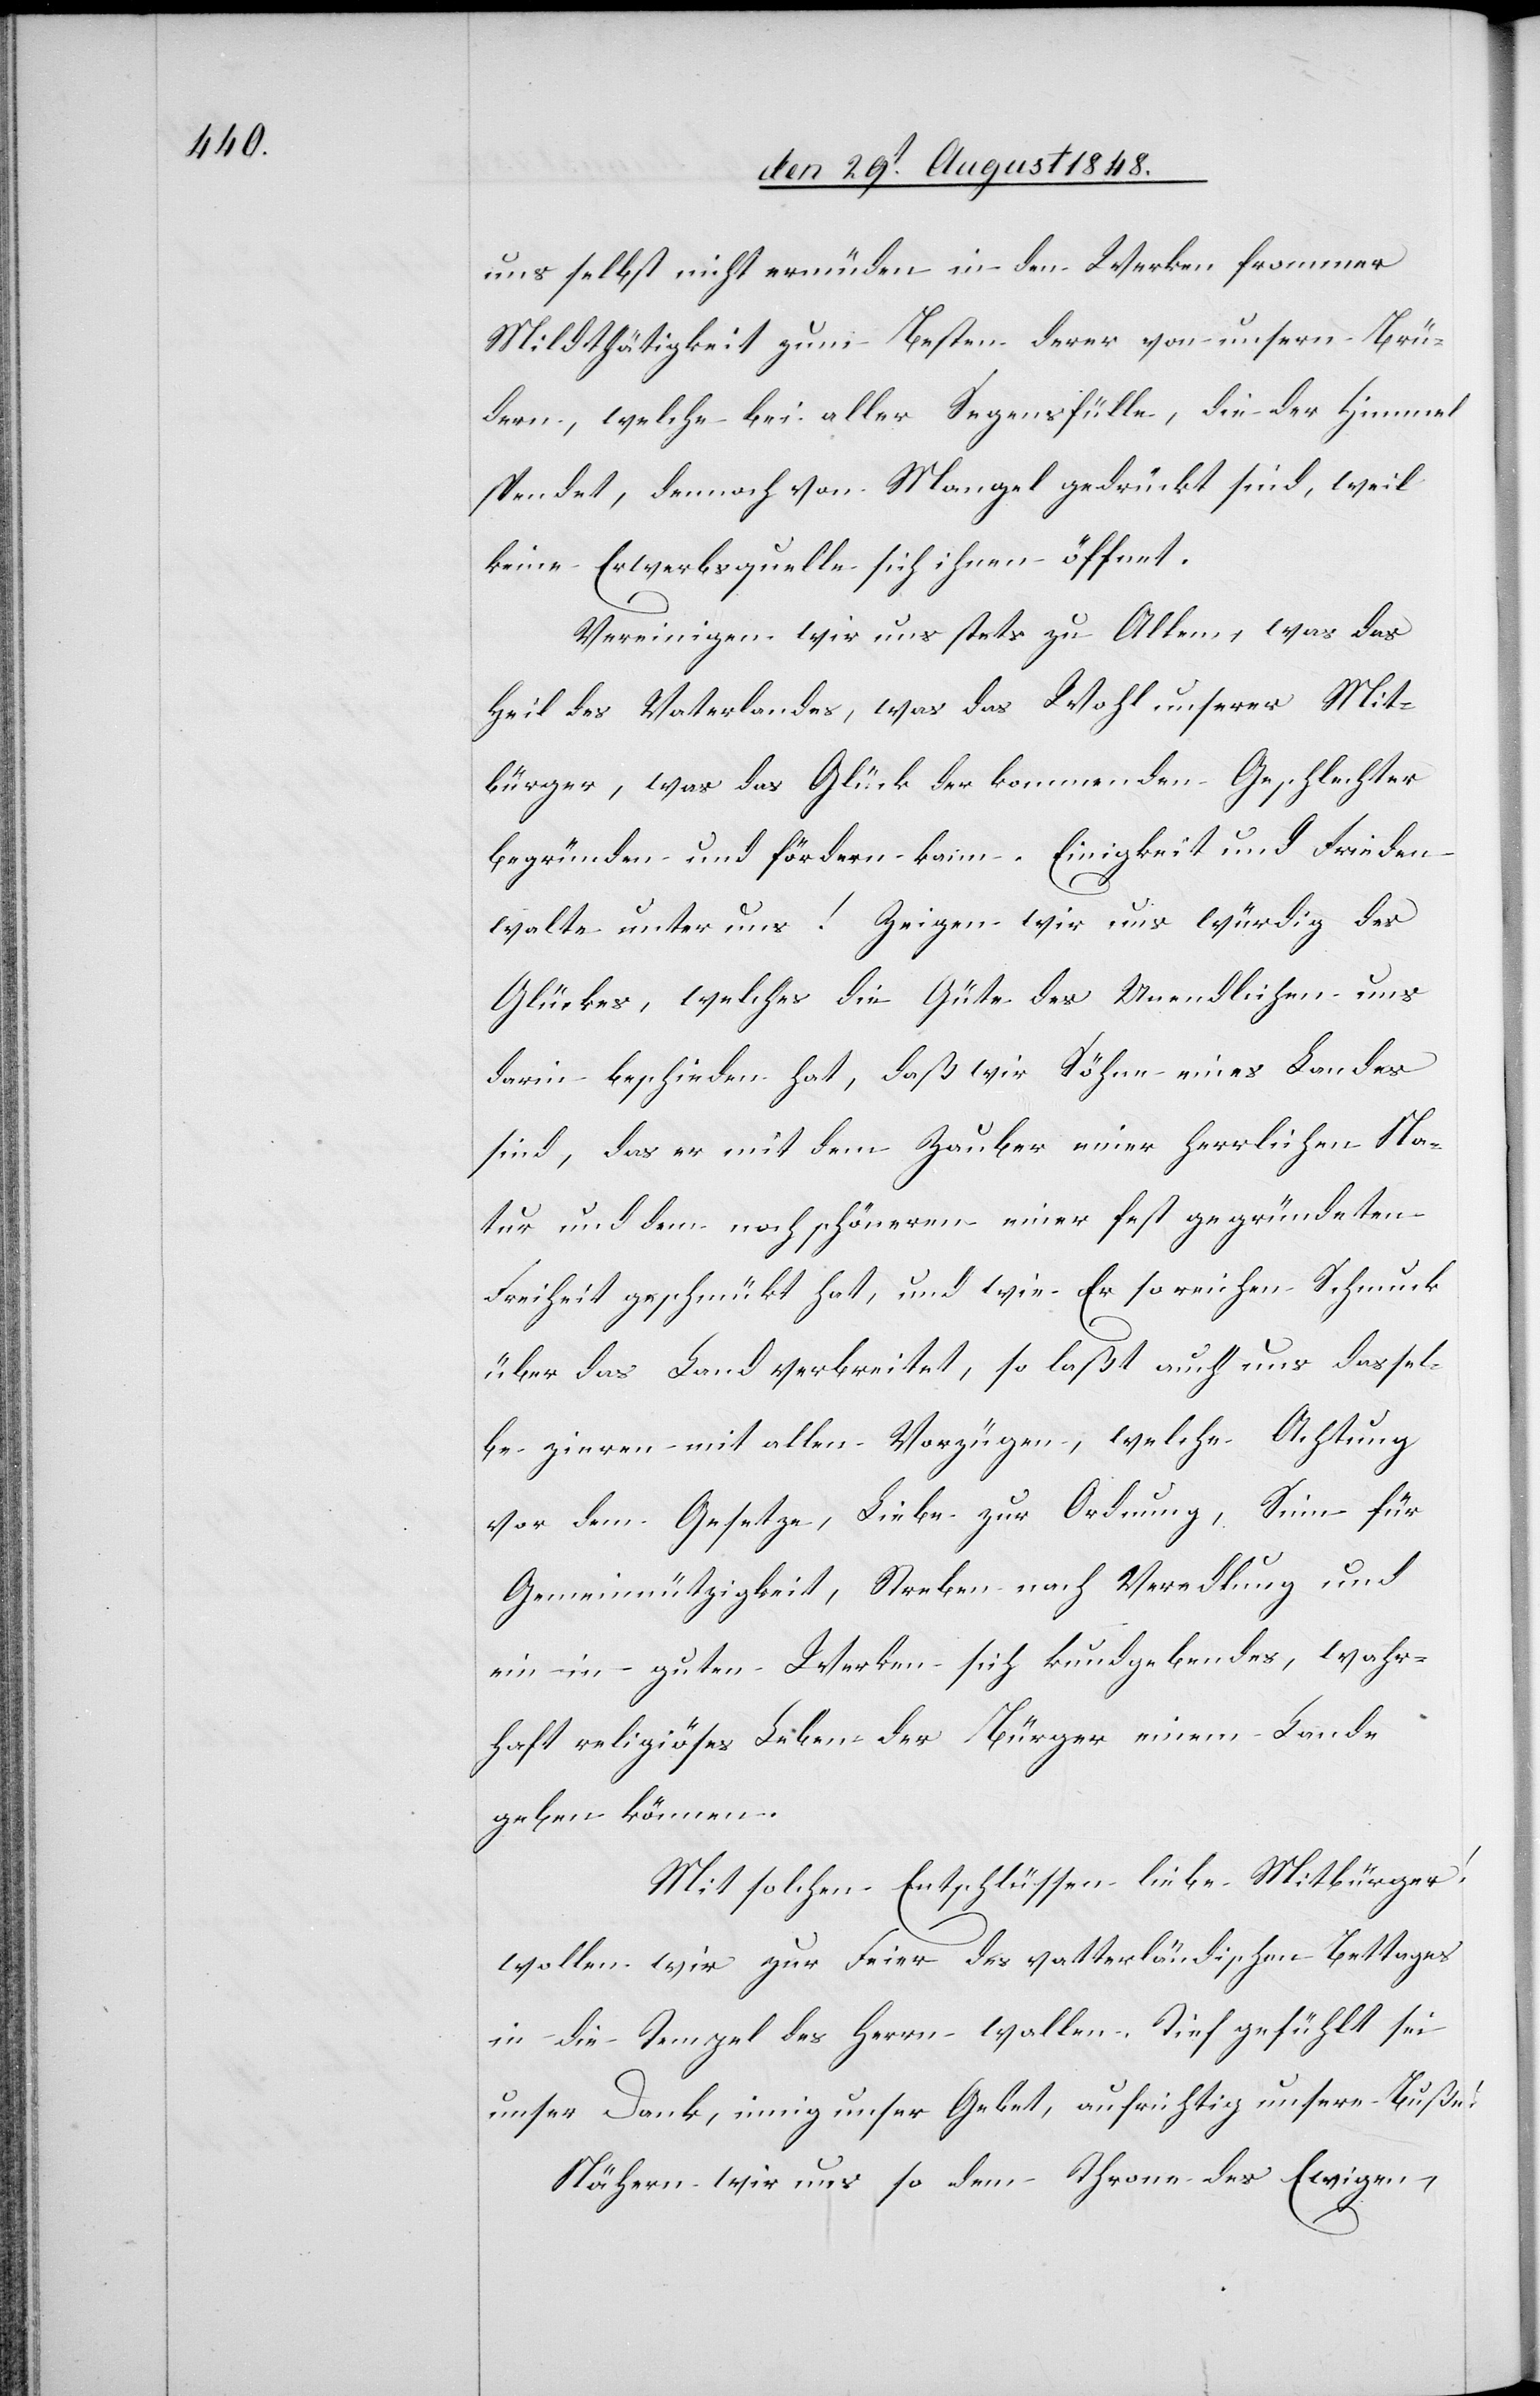
uns selbst nicht ermüden in den Werken frommer
Mildthätigkeit zum Besten derer von unsern Brü¬
dern, welche bei aller Segensfülle, die der Himmel
spendet, dennoch von Mangel gedrückt sind, weil
keine Erwerbsquelle sich ihnen öffnet.
Vereinigen wir uns stets zu Allem, was das
Heil des Vaterlandes, was das Wohl unserer Mit¬
bürger, was das Glück der kommenden Geschlechter
begründen und fördern kann. Einigkeit und Frieden
walte unter uns! Zeigen wir uns würdig des
Glückes, welches die Güte des Unendlichen uns
darin beschieden hat, daß wir Söhne eines Landes
sind, das er mit dem Zauber einer herrlichen Na¬
tur und dem noch schöneren einer fest gegründeten
Freiheit geschmückt hat, und wie Er so reichen Schmuck
über das Land verbreite, so laßt auch uns dassel¬
be zieren mit allen Vorzügen, welche Achtung
vor dem Gesetze, Liebe zur Ordnung, Sinn für
Gemeinnützigkeit, Streben nach Veredlung und
ein in guten Werken sich kundgebendes, wahr¬
haft religiöses Leben der Bürger einem Lande
geben können.
Mit solchen Entschlüssen liebe Mitbürger!
wollen wir zur Feier des vatterländischen Bettages
in die Tempel des Herrn wallen. Tief gefühlt sei
unser Dank, innig unser Gebet, aufrichtig unsere Buße!
Nähern wir uns so dem Throne des Ewigen,